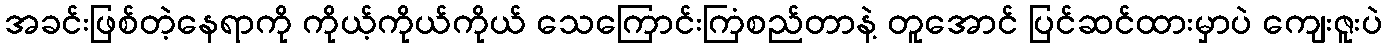
အခင်းဖြစ်တဲ့နေရာကို ကိုယ့်ကိုယ်ကိုယ် သေကြောင်းကြံစည်တာနဲ့ တူအောင် ပြင်ဆင်ထားမှာပဲ ကျေးဇူးပဲ